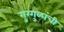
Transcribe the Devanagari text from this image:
गुग्गुळांची